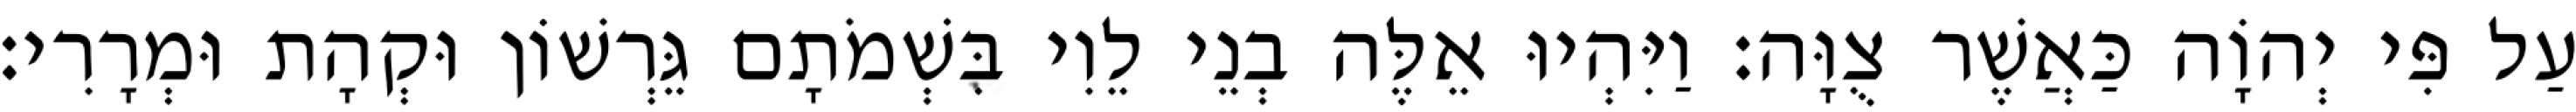
עַל פִּי יְהוָֹה כַּאֲשֶׁר צֻוָּה׃ וַיִּהְיוּ אֵלֶּה בְנֵי לֵוִי בִּשְׁמֹתָם גֵּרְשׁוֹן וּקְהָת וּמְרָרִי׃